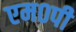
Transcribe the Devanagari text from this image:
एम०पी